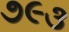
૭૯૩